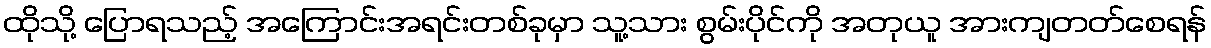
ထိုသို့ ပြောရသည့် အကြောင်းအရင်းတစ်ခုမှာ သူ့သား စွမ်းပိုင်ကို အတုယူ အားကျတတ်စေရန်